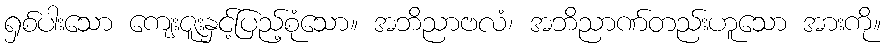
ရှစ်ပါးသော ကျေးဇူးနှင့်ပြည့်စုံသော။ အဘိညာဗလံ၊ အဘိညာဏ်တည်းဟူသော အားကို။